Riigikantselei, lk 46
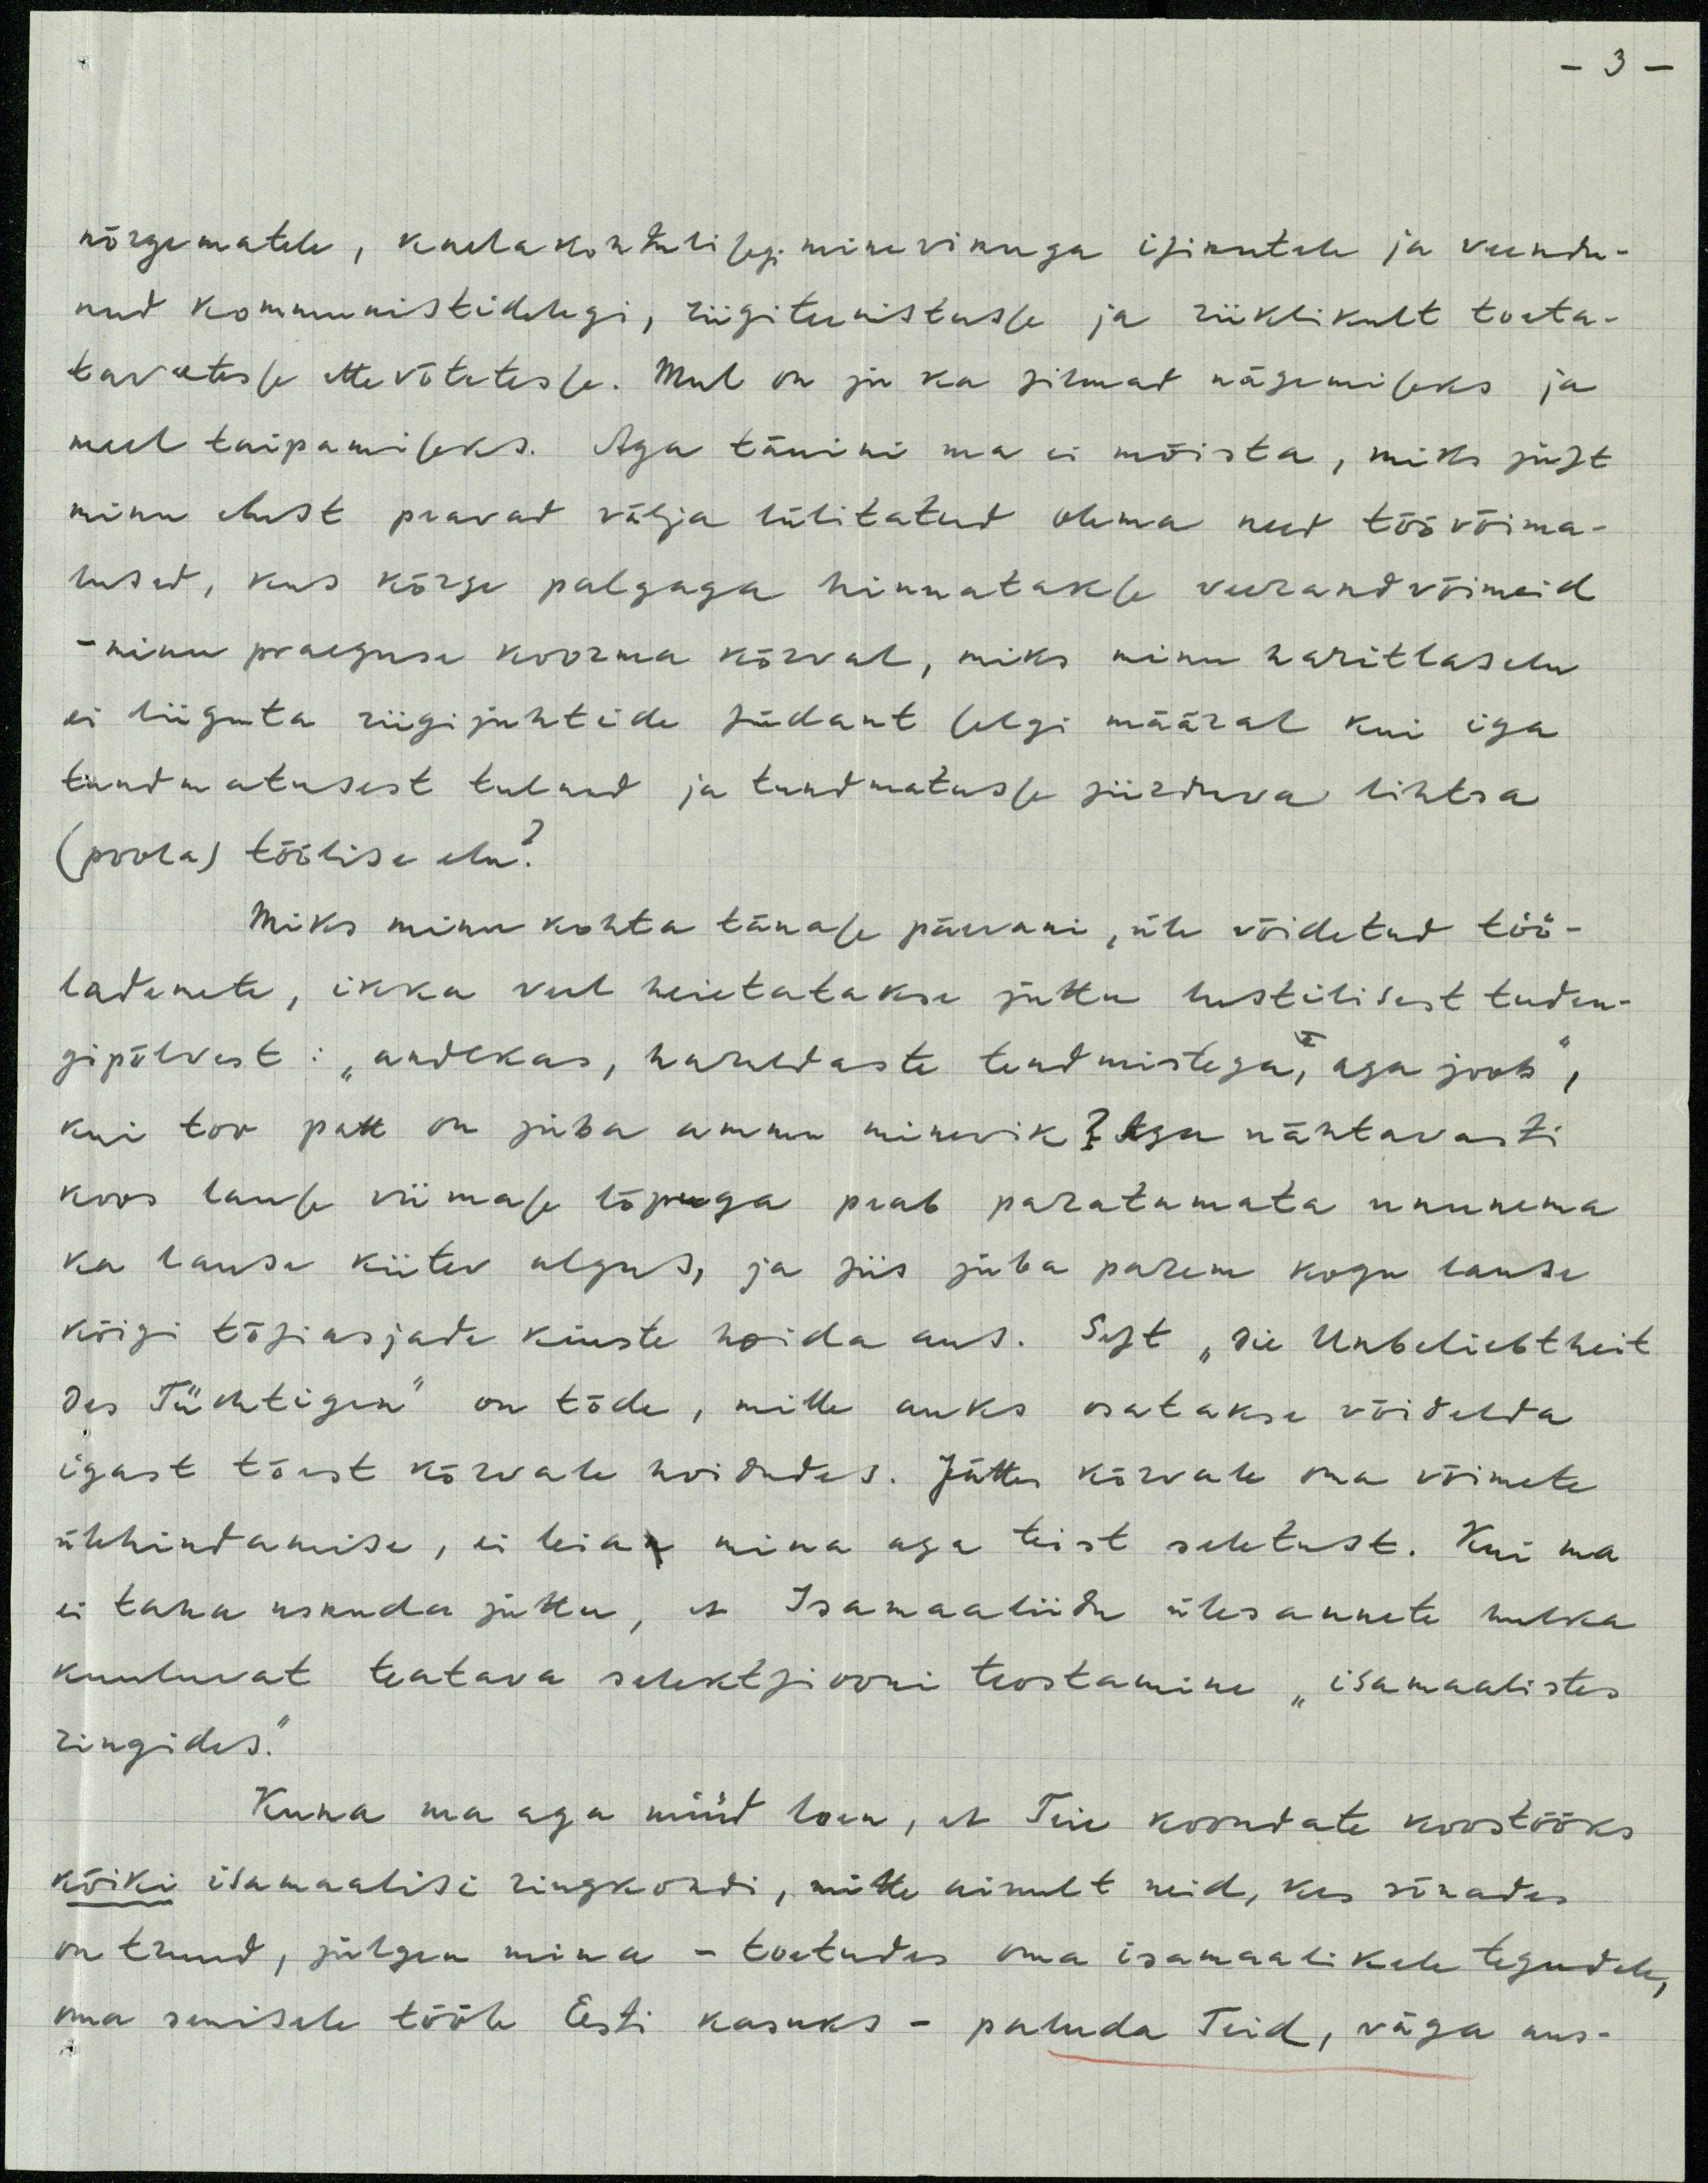
- 3 -

nõrgematele, kaelakohtulisegi minevikuga isikutele ja veendu-
nud kommunistidelegi, riigitenistusse ja riiklikult toeta-
tavatesse ettevõtetesse. Mul on ja ka silmad nägemiseks ja
meel taipamiseks. Aga tänini ma ei mõista, miks just
minu elust peavad välja lülitatud olema need töövõima-
lused, kus kõrge palgaga hinnatakse veerand võimeid
-minu praeguse koorma kõrval, miks minu haritlaselu
ei liiguta riigijuhtide südant selgi määral kui iga
tundmatusest tulnud ja tundmatuse siirduva lihtsa
(poola) töölise elu?
Miks minu kohta tänase päevani, üle võidetud töö-
lademete, ikka veel heietatakse juttu lustilisest tuden-
gipõlvest: "andekas, harulddaste teadmistega, aga joob",
kui too patt on juba ammu minevik ? Aga nähtavasti
koos lause viimase lõpuga peab paratamata ununema
ka lause kiitev algus, ja siis juba parem kogu lause
kõigi tõsiasjate kiuste hoida aus. Sest "Die Unbeliebtheit
Des Tüchtigen" on tõde, mille auks osatakse võidelda
igast tõest kõrvale hoidudes. Jättes kõrvale oma võimete
ülehindamise, ei leia mina aga teist seletust. Kui ma
ei taha uskuda juttu, et Isamaaliidu ülesannete hulka
kuuluvat teatava selektsiooni teostamine "isamaalistes
ringides."
Kuna ma aga nüüd loen, et Teie koondate koostööks
kõiki isamaalisi ringkondi, mitte ainult neid, kes sõnades
on truud, julgen mina - toetudes oma isamaalikele tegudele,
oma senisele tööle Eesti kasuks - paluda Teid, väga aus-